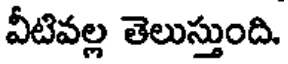
వీటివల్ల తెలుస్తుంది.